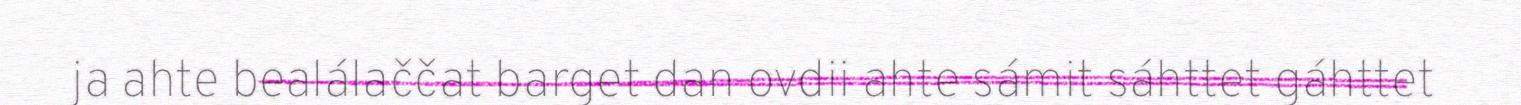
ja ahte bealálaččat barget dan ovdii ahte sámit sáhttet gáhttet